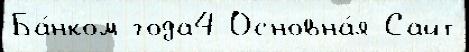
Ба́нком года4 Основна́я Сайт